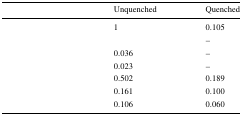
<table><thead><tr><td>[EMPTY_CELL]</td><td><b>Unquenched</b></td><td><b>Quenched</b></td></tr></thead><tbody><tr><td>[EMPTY_CELL]</td><td>1</td><td>0.105</td></tr><tr><td>[EMPTY_CELL]</td><td>[EMPTY_CELL]</td><td>–</td></tr><tr><td>[EMPTY_CELL]</td><td>0.036</td><td>–</td></tr><tr><td>[EMPTY_CELL]</td><td>0.023</td><td>–</td></tr><tr><td>[EMPTY_CELL]</td><td>0.502</td><td>0.189</td></tr><tr><td>[EMPTY_CELL]</td><td>0.161</td><td>0.100</td></tr><tr><td>[EMPTY_CELL]</td><td>0.106</td><td>0.060</td></tr></tbody></table>